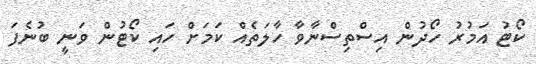
ކޯޓު އަމުރު ހޯދުން އިސްތިސްނާވާ ހާލަތެއް ކަމަށް ހައި ކޯޓުން ވަނީ ބުނެފަ